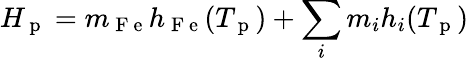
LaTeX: H_{\mathrm{~p~}}=m_{\mathrm{~F~e~}}h_{\mathrm{~F~e~}}(T_{\mathrm{~p~}})+\sum_{i}m_{i}h_{i}(T_{\mathrm{~p~}})